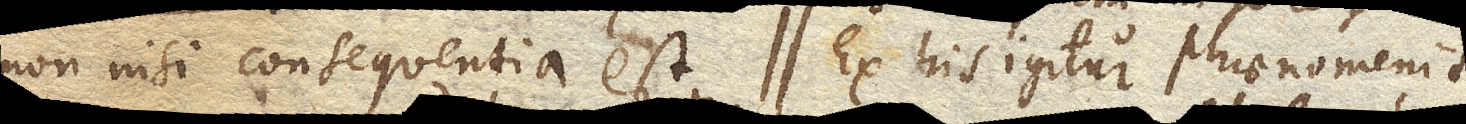
non nisi consequentia est. Ex his igitur phaenomenis